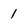
Character: 1